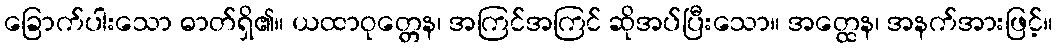
ခြောက်ပါးသော ဓာတ်ရှိ၏။ ယထာဝုတ္တေန၊ အကြင်အကြင် ဆိုအပ်ပြီးသော။ အတ္ထေန၊ အနက်အားဖြင့်။